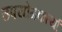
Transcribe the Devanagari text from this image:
उपयोगकर्त्या